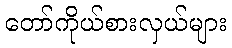
တော်ကိုယ်စားလှယ်များ